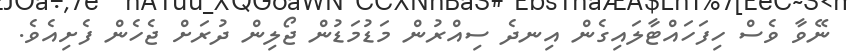
ނޭވާ ވެސް ހިފަހައްޓާލައިގެން އިނދެ ސިއްރުން މަޑުމަޑުން ޖޯލިން ދުރަށް ޖެހެން ފެށިއެވެ.